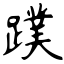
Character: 蹼